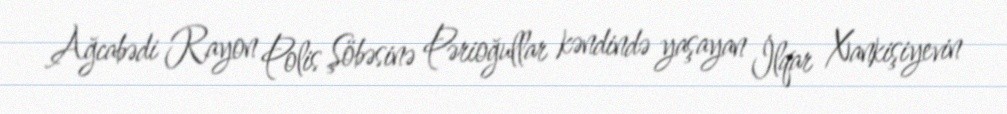
Ağcabədi Rayon Polis Şöbəsinə Pərioğullar kəndində yaşayan İlqar Xankişiyevin